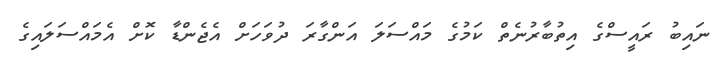
ނައިބު ރައީސްގެ އިތުބާރުނެތް ކަމުގެ މައްސަލަ އަންގާރަ ދުވަހަށް އެޖެންޑާ ކޮށް އެމައްސަލައިގެ